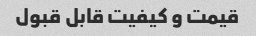
قیمت و کیفیت قابل قبول